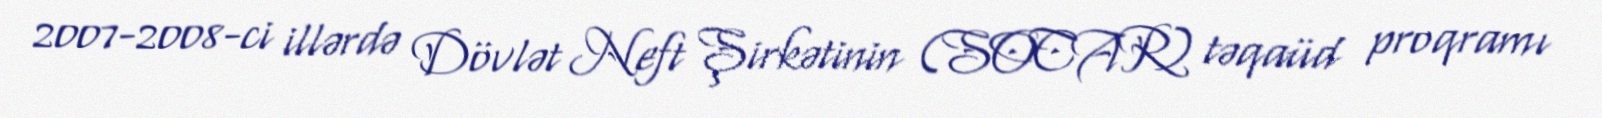
2007-2008-ci illərdə Dövlət Neft Şirkətinin (SOCAR) təqaüd proqramı